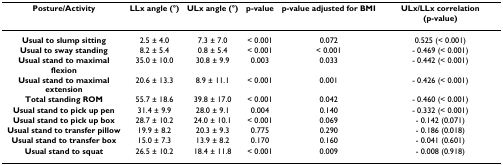
| Posture/Activity | LLx angle (°) | ULx angle (°) | p-value | p-value adjusted for BMI | ULx/LLx correlation (p-value) |
 | --- | --- | --- | --- | --- | --- |
 | Usual to slump sitting | 2.5 ± 4.0 | 7.3 ± 7.0 | < 0.001 | 0.072 | 0.525 (< 0.001) |
 | Usual to sway standing | 8.2 ± 5.4 | 0.8 ± 5.4 | < 0.001 | < 0.001 | - 0.469 (< 0.001) |
 | Usual stand to maximal flexion | 35.0 ± 10.0 | 30.8 ± 9.9 | 0.003 | 0.033 | - 0.442 (< 0.001) |
 | Usual stand to maximal extension | 20.6 ± 13.3 | 8.9 ± 11.1 | < 0.001 | 0.001 | - 0.426 (< 0.001) |
 | Total standing ROM | 55.7 ± 18.6 | 39.8 ± 17.0 | < 0.001 | 0.042 | - 0.460 (< 0.001) |
 | Usual stand to pick up pen | 31.4 ± 9.9 | 28.0 ± 9.1 | 0.004 | 0.140 | - 0.332 (< 0.001) |
 | Usual stand to pick up box | 28.7 ± 10.2 | 24.0 ± 10.1 | < 0.001 | 0.069 | - 0.142 (0.071) |
 | Usual stand to transfer pillow | 19.9 ± 8.2 | 20.3 ± 9.3 | 0.775 | 0.290 | - 0.186 (0.018) |
 | Usual stand to transfer box | 15.0 ± 7.3 | 13.9 ± 8.2 | 0.170 | 0.160 | - 0.041 (0.601) |
 | Usual stand to squat | 26.5 ± 10.2 | 18.4 ± 11.8 | < 0.001 | 0.009 | - 0.008 (0.918) |